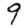
Digit: 9